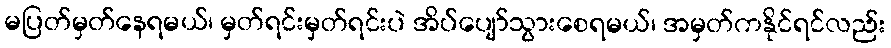
မပြတ်မှတ်နေရမယ်၊ မှတ်ရင်းမှတ်ရင်းပဲ အိပ်ပျော်သွားစေရမယ်၊ အမှတ်ကနိုင်ရင်လည်း